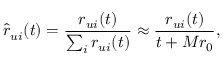
\hat { r } _ { u i } ( t ) = \frac { r _ { u i } ( t ) } { \sum _ { i } r _ { u i } ( t ) } \approx \frac { r _ { u i } ( t ) } { t + M r _ { 0 } } ,